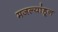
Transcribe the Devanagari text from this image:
मजल्यांहून